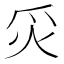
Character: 𬉿